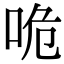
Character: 𠱓